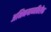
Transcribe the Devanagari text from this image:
अभिनयाव्यतिरीक्त